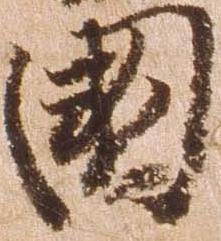
国